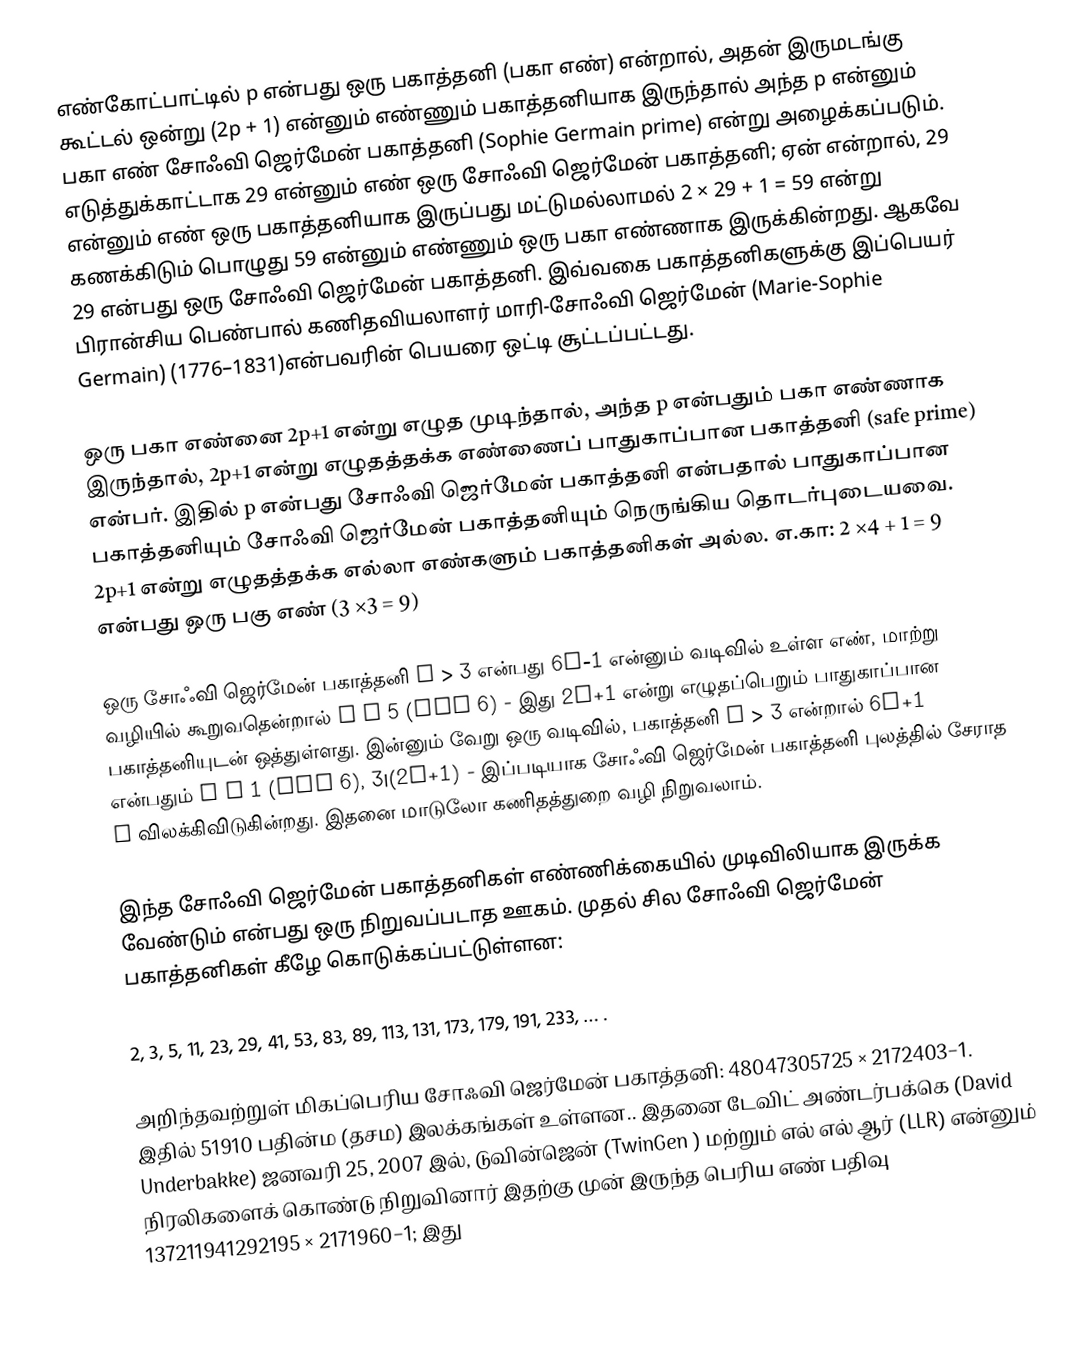
எண்கோட்பாட்டில் p  என்பது ஒரு பகாத்தனி (பகா எண்)  என்றால், அதன் இருமடங்கு கூட்டல் ஒன்று (2p + 1) என்னும் எண்ணும் பகாத்தனியாக இருந்தால் அந்த p  என்னும் பகா எண் சோஃவி ஜெர்மேன் பகாத்தனி (Sophie Germain prime) என்று அழைக்கப்படும். எடுத்துக்காட்டாக 29 என்னும் எண் ஒரு சோஃவி ஜெர்மேன் பகாத்தனி; ஏன் என்றால், 29 என்னும் எண் ஒரு பகாத்தனியாக இருப்பது மட்டுமல்லாமல்  2 × 29 + 1 = 59 என்று கணக்கிடும் பொழுது 59 என்னும் எண்ணும் ஒரு பகா எண்ணாக இருக்கின்றது. ஆகவே 29 என்பது ஒரு சோஃவி ஜெர்மேன் பகாத்தனி. இவ்வகை பகாத்தனிகளுக்கு இப்பெயர் பிரான்சிய பெண்பால் கணிதவியலாளர் மாரி-சோஃவி ஜெர்மேன் (Marie-Sophie Germain) (1776–1831)என்பவரின் பெயரை ஒட்டி சூட்டப்பட்டது.

ஒரு பகா எண்னை 2p+1 என்று எழுத முடிந்தால், அந்த p என்பதும் பகா எண்ணாக இருந்தால்,  2p+1 என்று எழுதத்தக்க எண்ணைப் பாதுகாப்பான பகாத்தனி (safe prime) என்பர். இதில் p  என்பது சோஃவி ஜெர்மேன் பகாத்தனி என்பதால் பாதுகாப்பான பகாத்தனியும் சோஃவி ஜெர்மேன் பகாத்தனியும் நெருங்கிய தொடர்புடையவை.  2p+1 என்று எழுதத்தக்க எல்லா எண்களும் பகாத்தனிகள் அல்ல. எ.கா:  2 ×4 + 1 = 9 என்பது ஒரு பகு எண் (3 ×3 = 9)

ஒரு சோஃவி ஜெர்மேன் பகாத்தனி  p > 3  என்பது  6k−1 என்னும் வடிவில் உள்ள எண், மாற்று வழியில் கூறுவதென்றால் p ≡ 5 (mod 6)  - இது 2p+1 என்று எழுதப்பெறும் பாதுகாப்பான பகாத்தனியுடன் ஒத்துள்ளது. இன்னும் வேறு ஒரு வடிவில், பகாத்தனி p > 3  என்றால்  6k+1 என்பதும்  p ≡ 1 (mod 6),  3|(2p+1) - இப்படியாக சோஃவி ஜெர்மேன் பகாத்தனி புலத்தில் சேராத  p  விலக்கிவிடுகின்றது. இதனை மாடுலோ கணிதத்துறை வழி நிறுவலாம்.

இந்த சோஃவி ஜெர்மேன் பகாத்தனிகள் எண்ணிக்கையில் முடிவிலியாக இருக்க வேண்டும் என்பது ஒரு நிறுவப்படாத ஊகம். முதல் சில சோஃவி ஜெர்மேன் பகாத்தனிகள் கீழே கொடுக்கப்பட்டுள்ளன:

2, 3, 5, 11, 23, 29, 41, 53, 83, 89, 113, 131, 173, 179, 191, 233, … .

அறிந்தவற்றுள் மிகப்பெரிய சோஃவி ஜெர்மேன் பகாத்தனி: 48047305725 × 2172403−1. இதில் 51910 பதின்ம (தசம) இலக்கங்கள் உள்ளன.. இதனை டேவிட் அண்டர்பக்கெ (David Underbakke) ஜனவரி 25, 2007 இல்,  டுவின்ஜென் (TwinGen ) மற்றும் எல் எல் ஆர் (LLR) என்னும் நிரலிகளைக் கொண்டு நிறுவினார்  இதற்கு முன் இருந்த பெரிய எண் பதிவு 137211941292195 × 2171960−1; இது